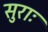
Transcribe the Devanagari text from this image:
सुराः